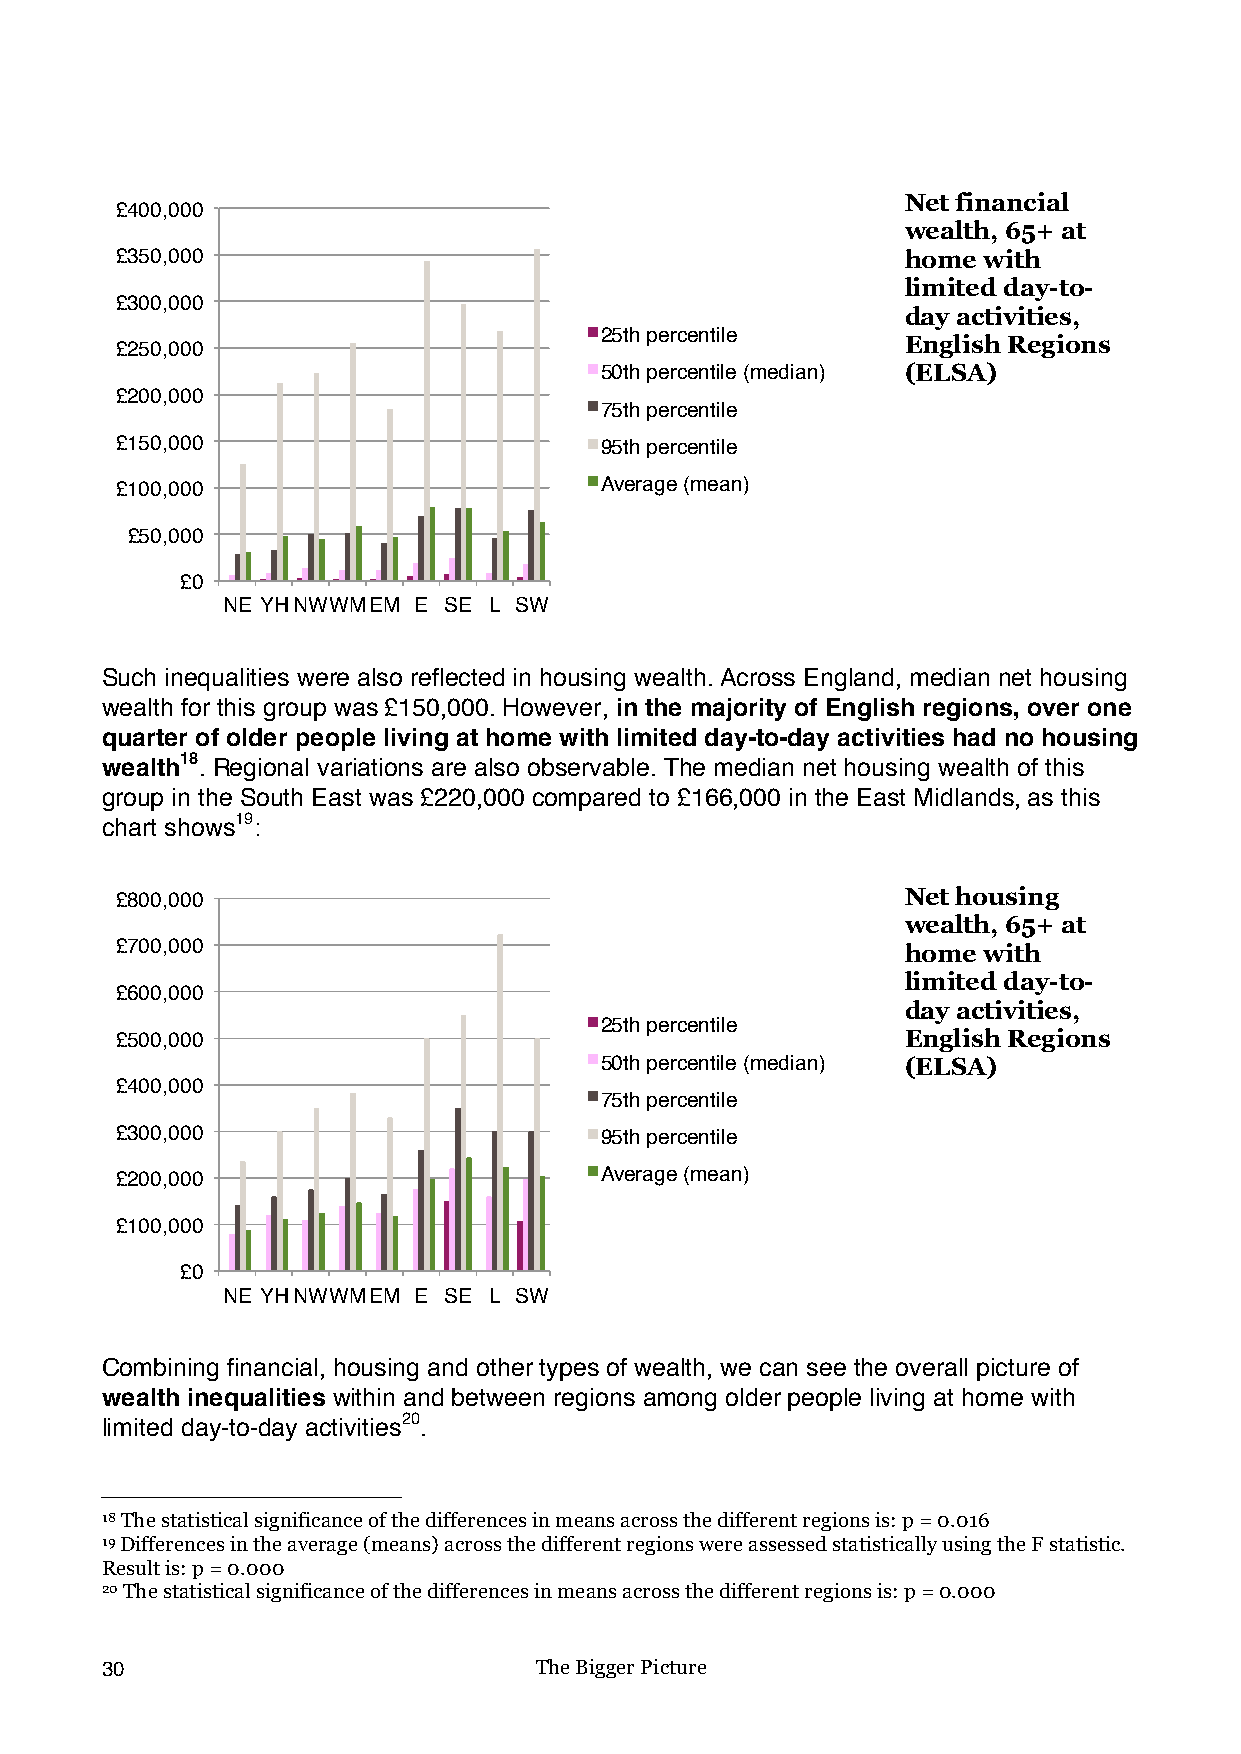
Net financial
 £400,000
 wealth, 65+ at
 £350,000                                            home with
 limited day-to-
 £300,000
 day activities,
 25th percentile
 English Regions
 £250,000
 50th percentile (median) (ELSA)
 £200,000
 75th percentile
 £150,000                        95th percentile
 £100,000                        Average (mean)
 £50,000
 £0
 NE YHNWWMEM E SE L SW
 Such inequalities were also reflected in housing wealth. Across England, median net housing
 wealth for this group was £150,000. However, in the majority of English regions, over one
 quarter of older people living at home with limited day-to-day activities had no housing
 wealth18. Regional variations are also observable. The median net housing wealth of this
 group in the South East was £220,000 compared to £166,000 in the East Midlands, as this
 chart shows19:
 £800,000                                            Net housing
 wealth, 65+ at
 £700,000                                            home with
 limited day-to-
 £600,000
 day activities,
 25th percentile
 £500,000                                            English Regions
 50th percentile (median) (ELSA)
 £400,000
 75th percentile
 £300,000                        95th percentile
 £200,000                        Average (mean)
 £100,000
 £0
 NE YHNWWMEM E SE L SW
 Combining financial, housing and other types of wealth, we can see the overall picture of
 wealth inequalities within and between regions among older people living at home with
 limited day-to-day activities20.
 !!!!!!!!!!!!!!!!!!!!!!!!!!!!!!!!!!!!!!!!!!!!!!!!!!!!!!!!
 18 The statistical significance of the differences in means across the different regions is: p = 0.016
 19 Differences in the average (means) across the different regions were assessed statistically using the F statistic.
 Result is: p = 0.000!
 20 The statistical significance of the differences in means across the different regions is: p = 0.000
 30                          The Bigger Picture